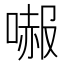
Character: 𠼶